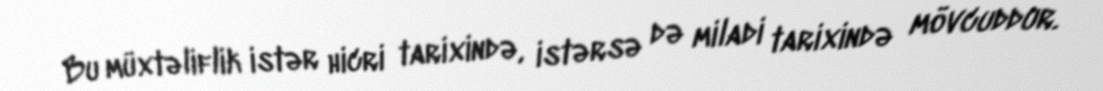
Bu müxtəliflik istər hicri tarixində, istərsə də miladi tarixində mövcuddur.